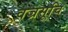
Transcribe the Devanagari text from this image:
वज्रसूचि